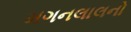
મગનલાલનો